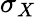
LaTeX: \sigma_{X}